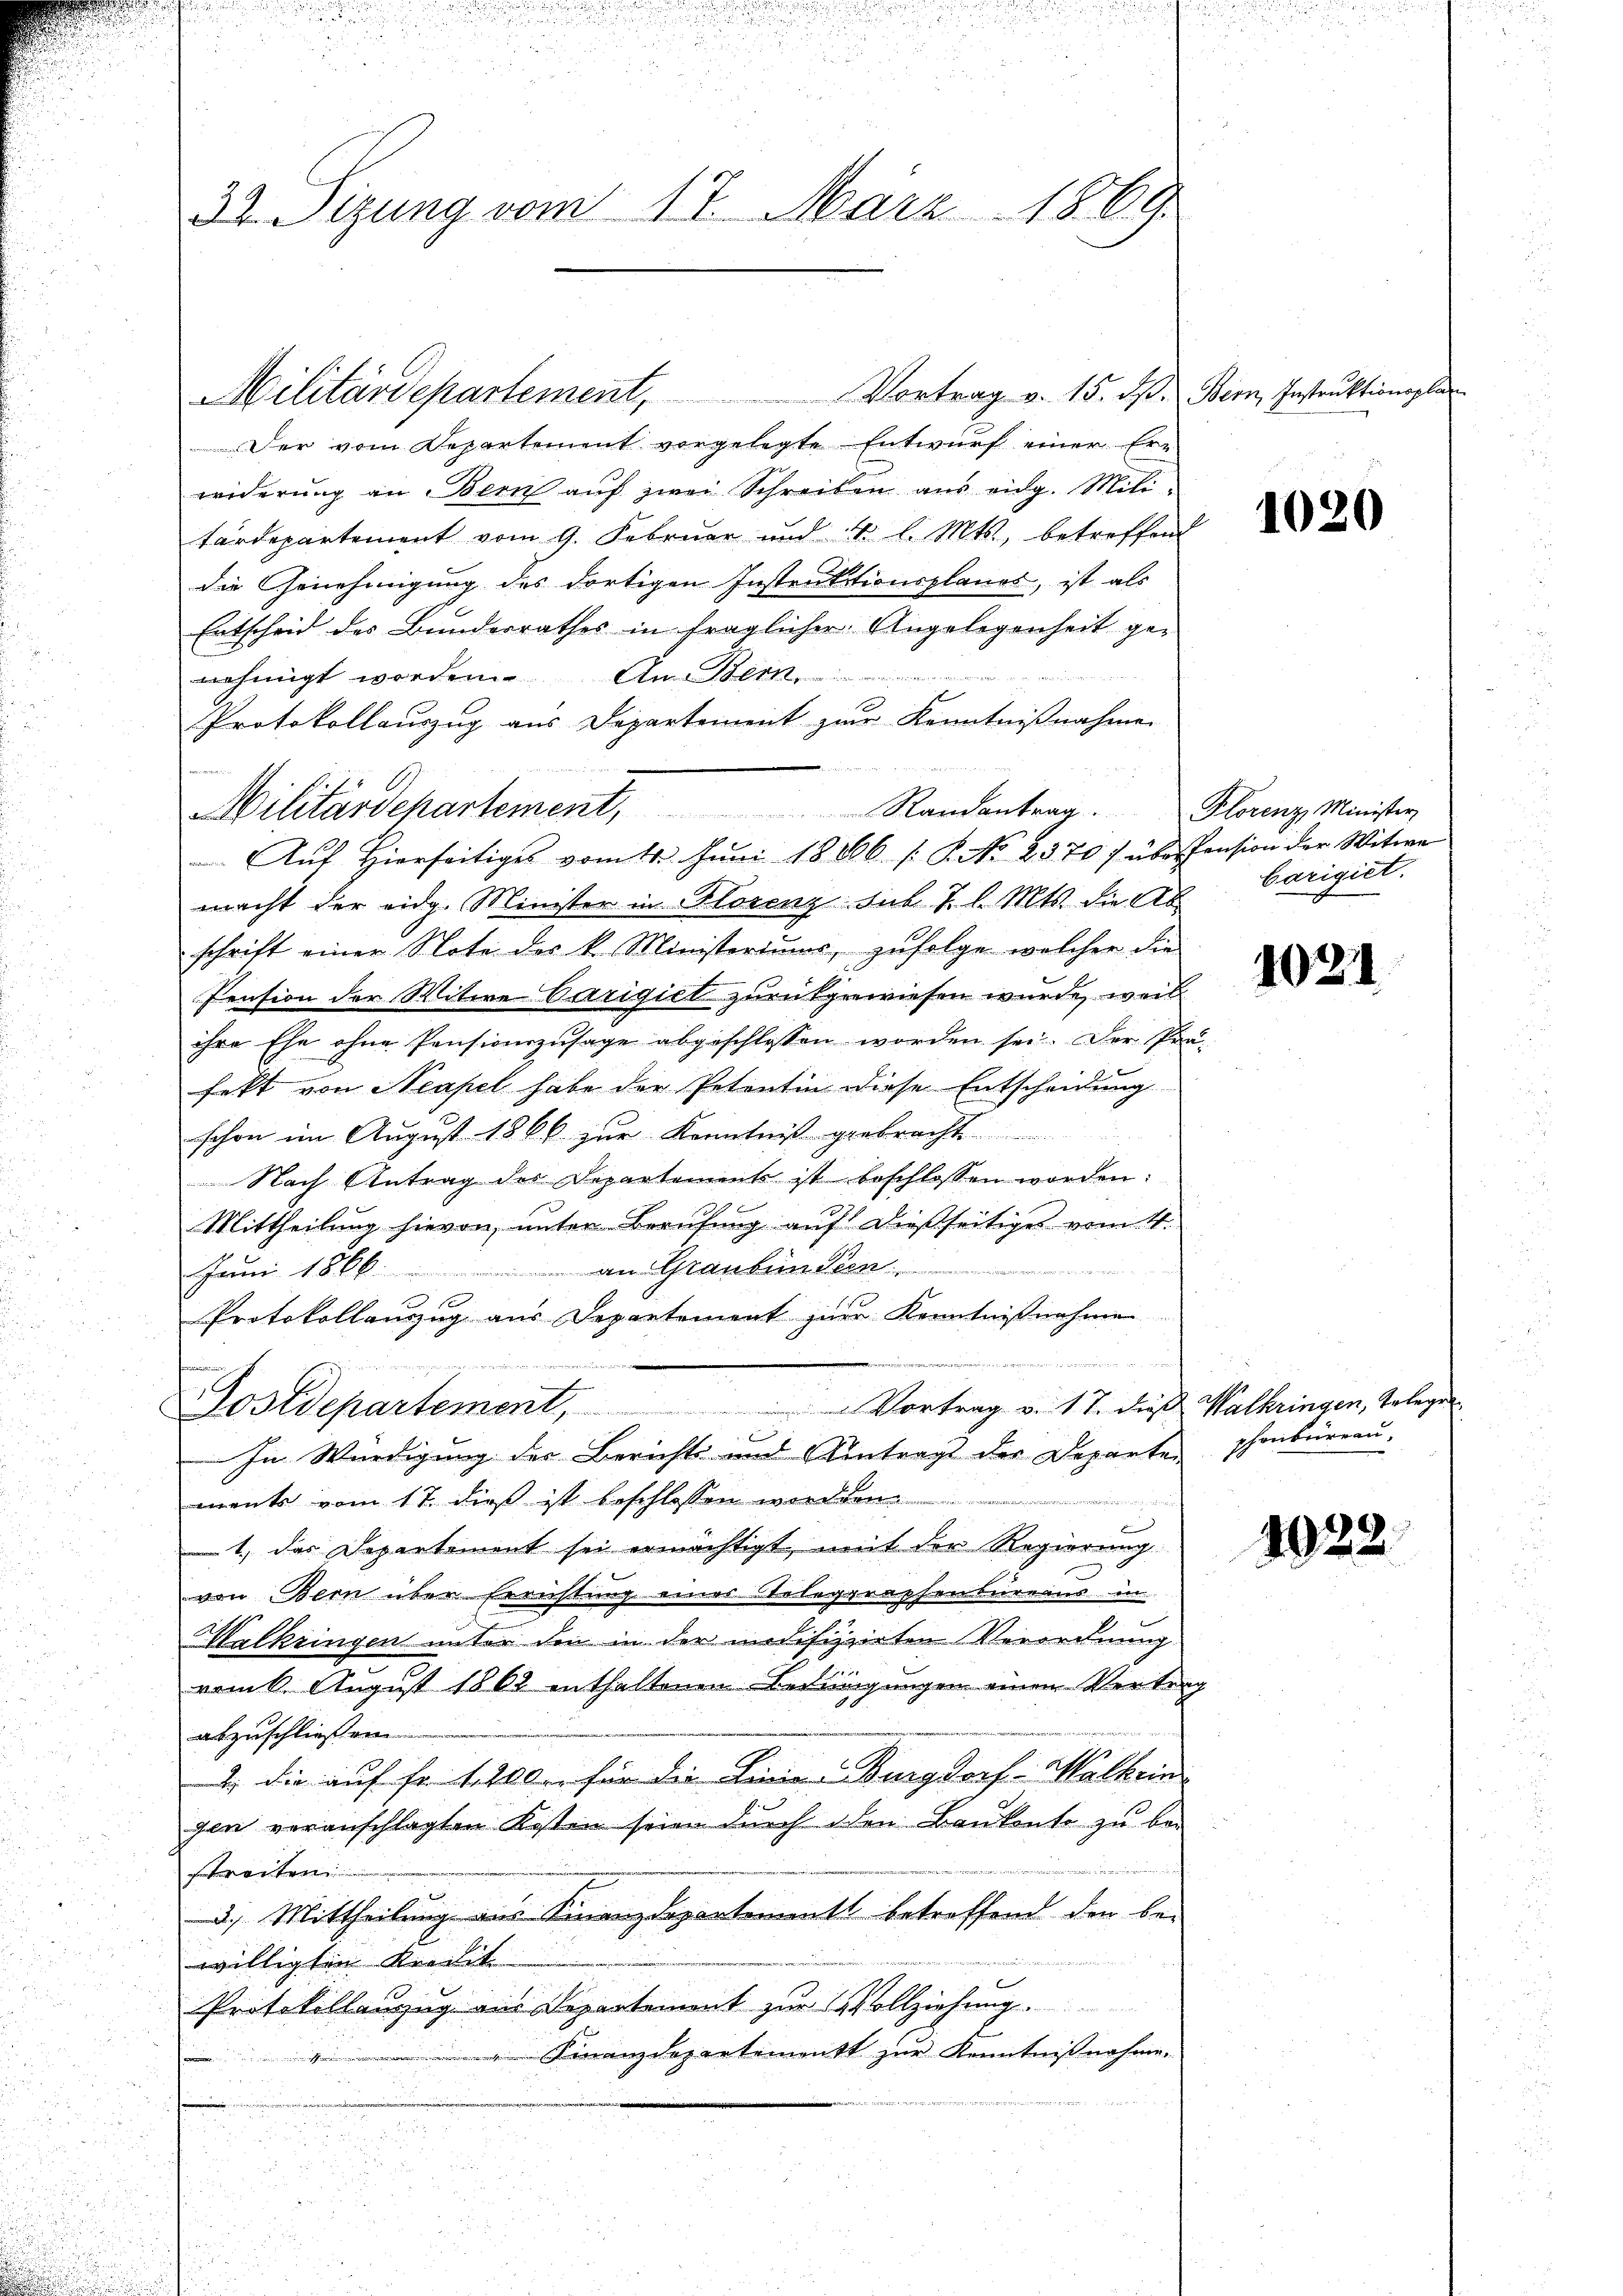
32. Sizung vom 17. März 1869.

Militärdepartement,

Randantrag.
 Auf Hierseitiges vom 11. Juni 18266 ( P. No. 2270 f überspension der Witwe

Militärdepartement, Vortrag v. 15. dß. Bern, Instrŭktionspla
Der vom Departement vorgelegte Entwurf einer Erwiderung an Bern auf zwei Schreiben aus eidg. Militärdepartement vom 9. Februar und 4 l. Mts., betreffend
die Genehmigung des dortigen Instruktionsplanes, ist als
Entscheid des Bundesrathes in fraglicher Angelegenheit genehmigt worden. An Stern
Protokollauszug aus Departement zur Kenntnißnahmen
macht der eidg. Minister in Florenz sub. J. l. Mts. die Ab
schrift einer Note der k. Ministeriums, zufolge welcher die
Pension der Witwe Carigiet zurükgewiesen wurde, weil
ihre Ehe ohne Pensionszusage abgeschlossen worden sei. Der Pr
fekt von Neapel habe der Petentin diese Entscheidung
schon im August 1866 zur Kenntniß gebracht
Nach Antrag des Departement ist beschlossen worden:
Mittheilung hievon, unter Berufung auf dießseitiges vom 4.
an Grauben Seen
Juni 1866.
x
Protokollauszug aus Departement zuer Kenntnißnahme
h
fname
Postdepartement, Vortrag v. 17. dieβ Walkringen, Telege

In Würdigung des Berichts und Antrags der Departen schenbüreau-
ments vom 17. dieß ist beschlossen werden.
1., das Departement sei ermächtigt, mit der Regierung
von Bern über Errichtung eines Telegraphensureaus in
Malkringen unter den in der modifizzierten Verordnung
vom 6. August 1862 enthaltenen Bedingungen einen Vertreabzuschließen
2., die auf fr. 1200 für die Linie Burgdorf-Walkein
gen veranschlagten Kosten seien durch den Baŭkonto zu be-
streiten
3.) Mittheilung aus Finanzdepartement betreffend den be-
willigten Kredit
Protokollanzug aus Departement zur Vollziehung.
 Finanzdepartement zur Kenntnißnahme.
i
wen
.
E
r
d

.

1020

Plorenz, Minister,
borigiet.

1021

4922